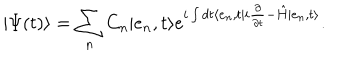
\vert \Psi ( t ) \rangle = \sum _ { n } C _ { n } \vert e _ { n } , t \rangle e ^ { i \int d t \langle e _ { n } , t \vert i \frac { \partial } { \partial t } - \hat { H } \vert e _ { n } , t \rangle } .